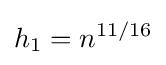
h_{1}=n^{11/16}